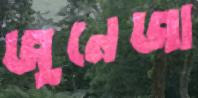
জুনেজা